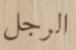
الرجل